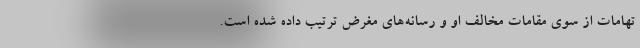
تهامات از سوی مقامات مخالف او و رسانه‌های مغرض ترتیب داده شده است.